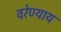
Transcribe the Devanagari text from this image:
वरेण्याय